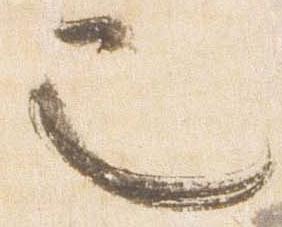
也